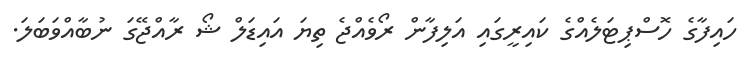
ހައިފާގެ ހޮސްޕިޓަލެއްގެ ކައިރީގައި އަލިފާން ރޯވެއްޖެ ތިޔަ އަައިޑަލް ޝޯ ރާއްޖޭގަ ނުބާއްވަބަލަ.